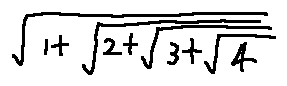
\sqrt { 1 + \sqrt { 2 + \sqrt { 3 + \sqrt { 4 } } } }